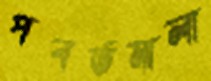
পবর্তমালা